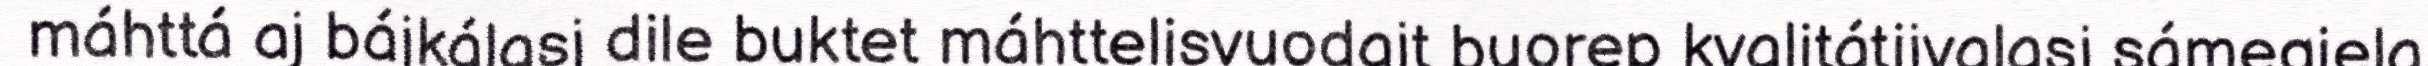
máhttá aj bájkálasj dile buktet máhttelisvuodajt buorep kvalitátijvalasj sámegiela